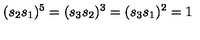
( s _ { 2 } s _ { 1 } ) ^ { 5 } = ( s _ { 3 } s _ { 2 } ) ^ { 3 } = ( s _ { 3 } s _ { 1 } ) ^ { 2 } = 1